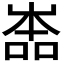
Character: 𡴡